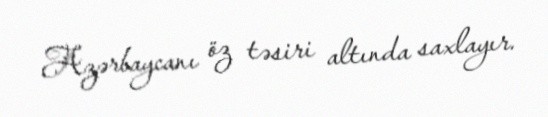
Azərbaycanı öz təsiri altında saxlayır.